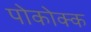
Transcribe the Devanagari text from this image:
पोकोक्क